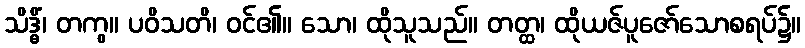
သိဒ္ဓိံ၊ တကွ။ ပဝိသတိ၊ ဝင်၏။ သော၊ ထိုသူသည်။ တတ္ထ၊ ထိုယဇ်ပူဇော်သောစရပ်၌။